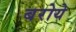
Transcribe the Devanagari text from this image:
बरोये